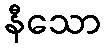
နီသော